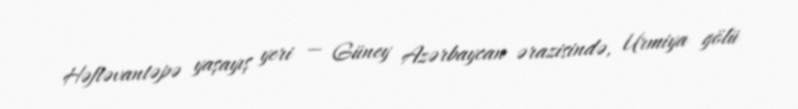
Həftəvantəpə yaşayış yeri — Güney Azərbaycan ərazisində, Urmiya gölü